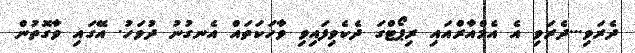
ދެރަވި...ދެރަވި އެ އެމްއާރްއައި ރިޕޯޓްގަ ދެކެވިފައިވި ވާހަކަތައް އެނގުނު ދުވަހު. އޭގައި ވާގޮތުން